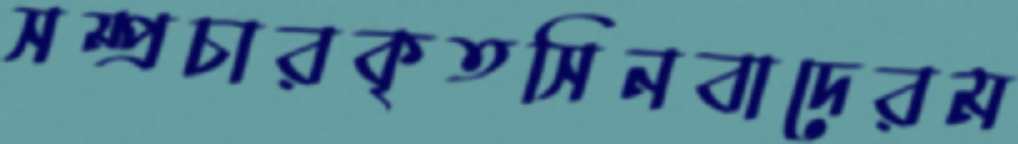
সম্প্রচারকৃতসিনবাদেরম